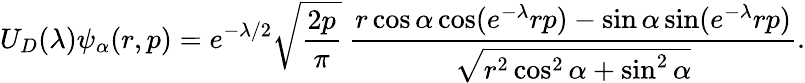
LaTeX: U_{D}(\lambda)\psi_{\alpha}(r,p)=e^{-\lambda/2}\sqrt{\frac{2p}{\pi}}\ \frac{r\cos\alpha\cos(e^{-\lambda}rp)-\sin\alpha\sin(e^{-\lambda}rp)}{\sqrt{r^{2}\cos^{2}\alpha+\sin^{2}\alpha}}.